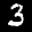
Label: 3